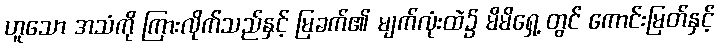
ဟူသော အသံကို ကြားလိုက်သည်နှင့် မြခက်၏ မျက်လုံးထဲ၌ မိမိရှေ့ တွင် ကောင်းမြတ်နှင့်